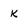
Character: k